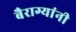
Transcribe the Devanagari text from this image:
बैराग्यांनी